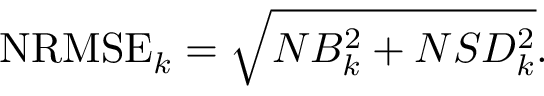
\mathrm { N R M S E } _ { k } = \sqrt { N B _ { k } ^ { 2 } + N S D _ { k } ^ { 2 } } .